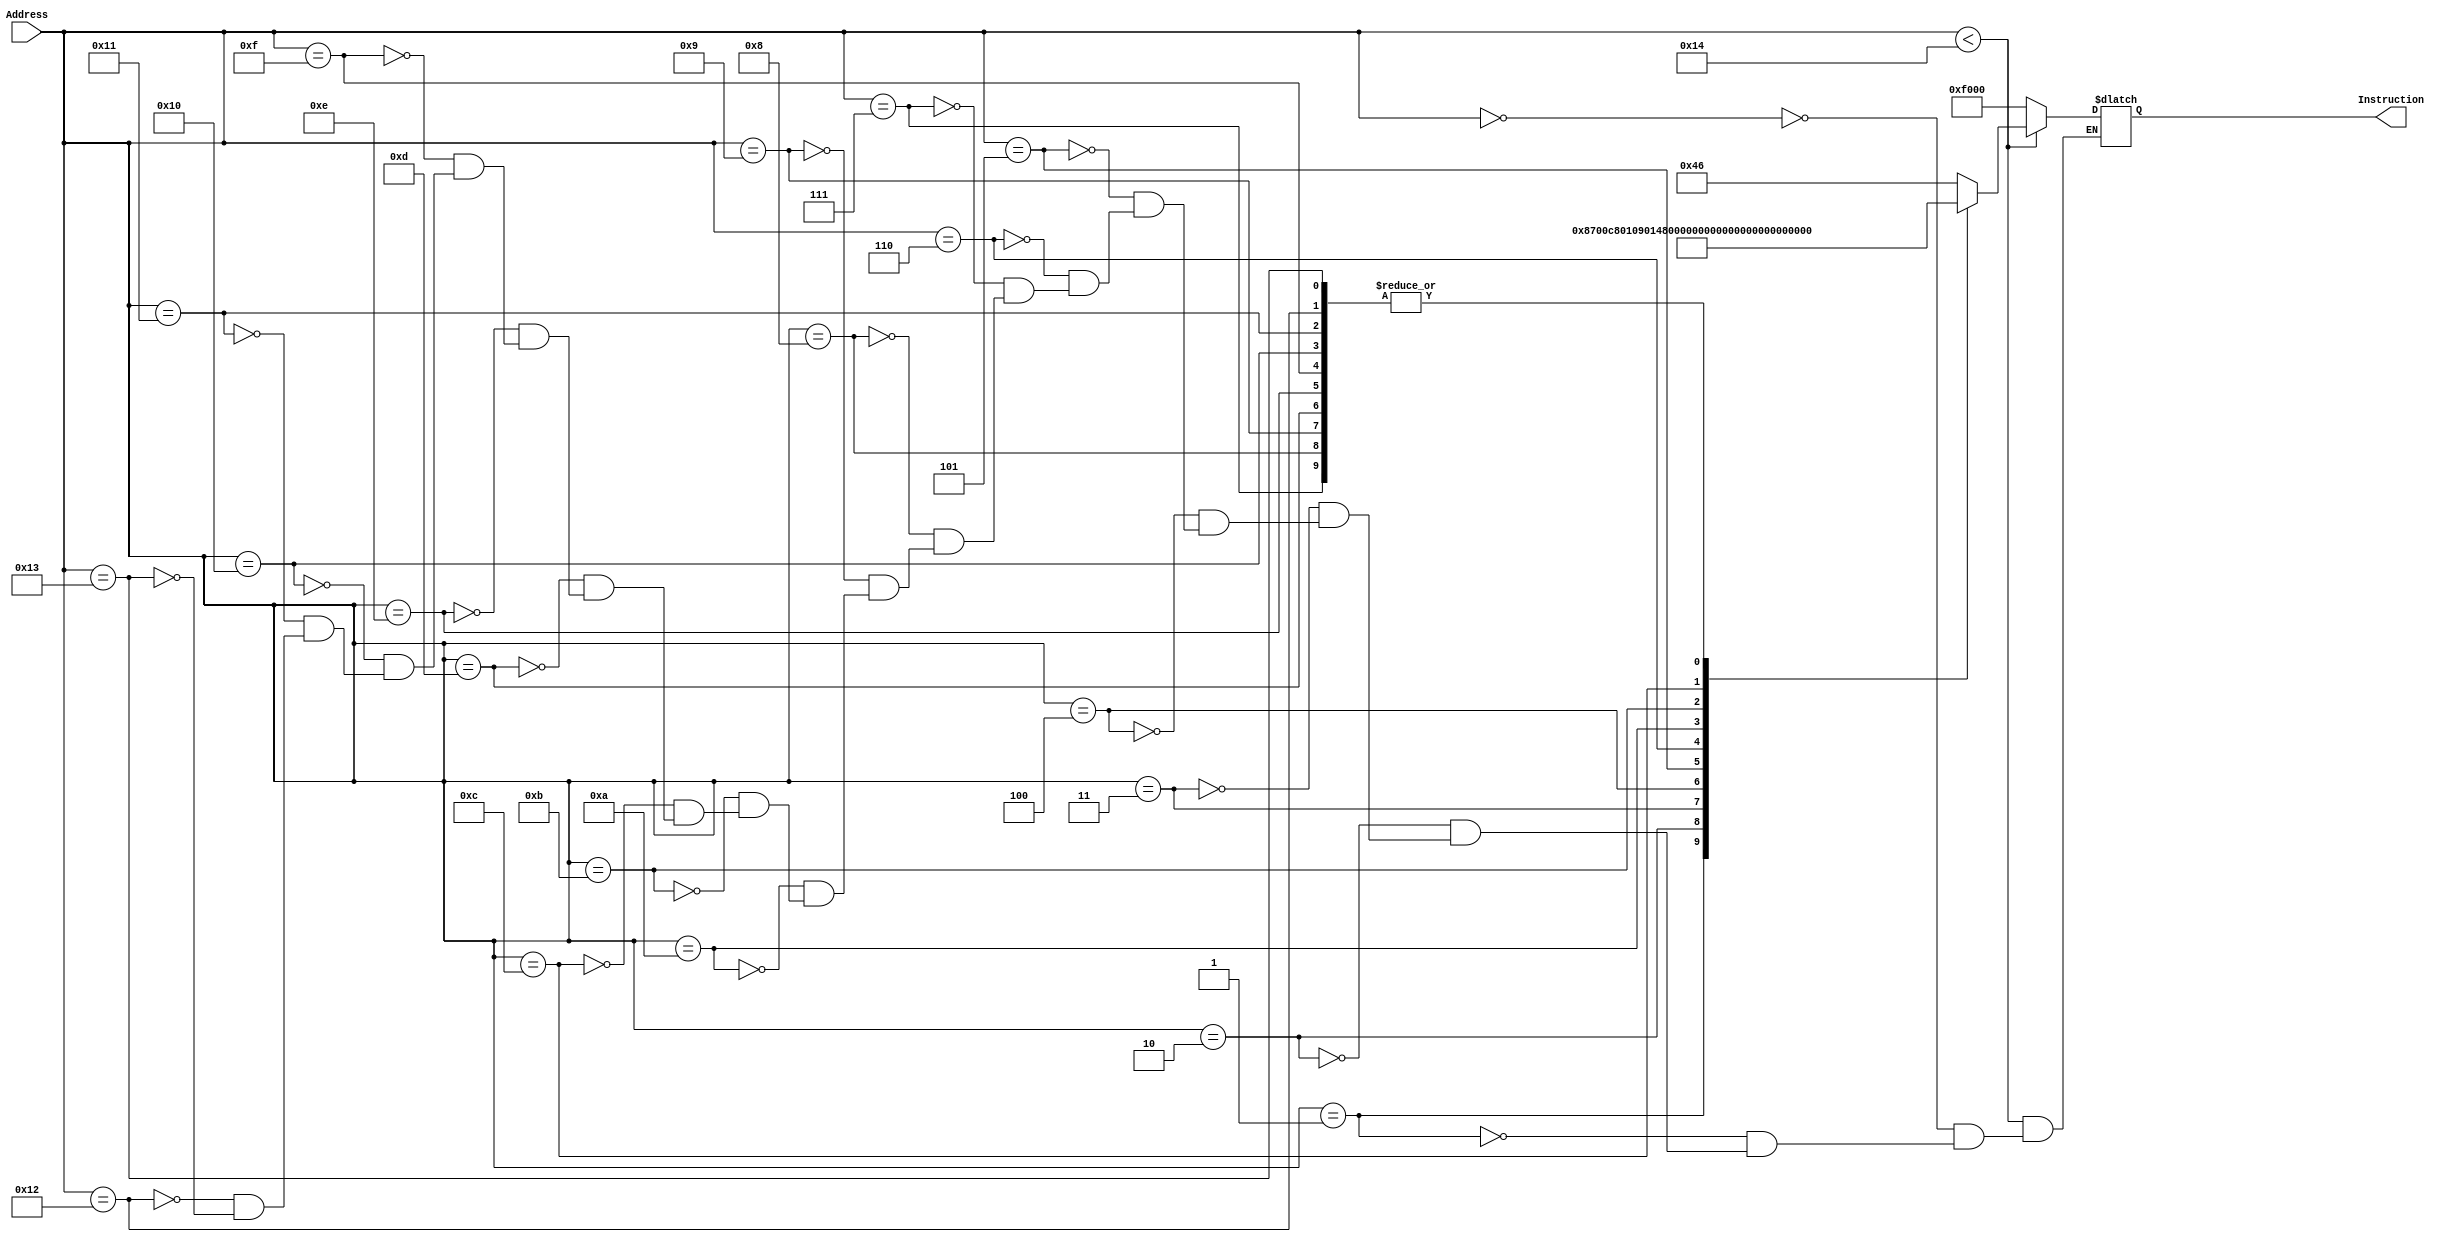
module Instruction_Memory (Address, 

									Instruction);

//-------------------------------------------------- I/O Ports

input  [15:0] Address;

output reg [15:0] Instruction;

//-------------------------------------------------- ROM with hard wired instructions

always @(*)
begin

	if (Address < 16'd20)
		begin
			case (Address)
				16'd00 : Instruction <= 16'b0000_000_001_000110;
				16'd01 : Instruction <= 16'b0000_000_010_000111;
				16'd02 : Instruction <= 16'b0000_000_011_001000;
				16'd03 : Instruction <= 16'b0000_000_100_001001;
				16'd04 : Instruction <= 16'b0000_000_101_001010;
				16'd05 : Instruction <= 16'b0000_000_110_001011;
				16'd06 : Instruction <= 16'b0000_001_111_001100;
				
				16'd07 : Instruction <= 16'b1111_000_000_000000; //NOPE
				16'd08 : Instruction <= 16'b1111_000_000_000000; //NOPE
				16'd09 : Instruction <= 16'b1111_000_000_000000; //NOPE
				
				16'd10 : Instruction <= 16'b0101_111_000_000001; //Store
				
				16'd11 : Instruction <= 16'b0100_010_000_000001; //Load
				
				16'd12 : Instruction <= 16'b0000_010_001_000000;
				
				16'd13 : Instruction <= 16'b1111_000_000_000000;
				16'd14 : Instruction <= 16'b1111_000_000_000000;
				16'd15 : Instruction <= 16'b1111_000_000_000000;
				16'd16 : Instruction <= 16'b1111_000_000_000000;
				16'd17 : Instruction <= 16'b1111_000_000_000000;
				16'd18 : Instruction <= 16'b1111_000_000_000000;
				16'd19 : Instruction <= 16'b1111_000_000_000000;
			endcase
		end
	else
			Instruction <= 16'b1111000000000000; // NOPE Instruction
			
end

endmodule